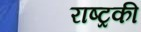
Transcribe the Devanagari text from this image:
राष्ट्रकी